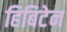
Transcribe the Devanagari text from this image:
हिबिटेन